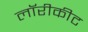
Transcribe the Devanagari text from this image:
लॉरीकीट